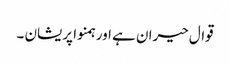
قوال حیران ہے اور ہمنوا پریشان ۔